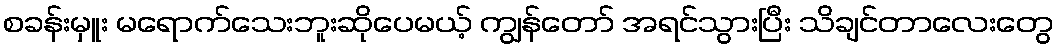
စခန်းမှူး မရောက်သေးဘူးဆိုပေမယ့် ကျွန်တော် အရင်သွားပြီး သိချင်တာလေးတွေ